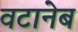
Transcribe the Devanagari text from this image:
वटानेब